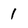
Character: 1